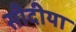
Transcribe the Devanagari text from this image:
सीदीया